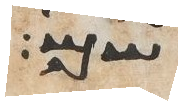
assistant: שם